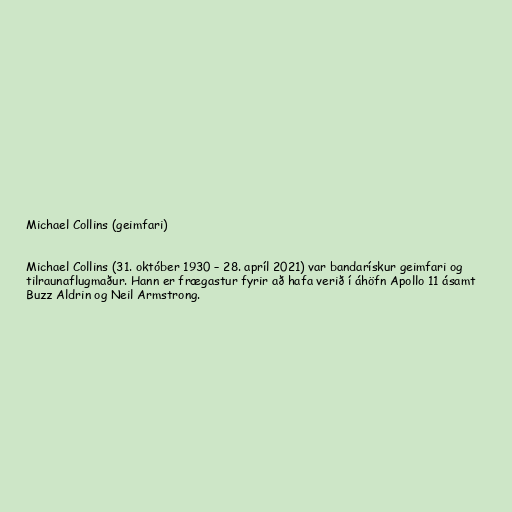
Michael Collins (geimfari)

Michael Collins (31. október 1930 – 28. apríl 2021) var bandarískur geimfari og
tilraunaflugmaður. Hann er frægastur fyrir að hafa verið í áhöfn Apollo 11 ásamt
Buzz Aldrin og Neil Armstrong.